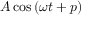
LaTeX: A \cos \, ( \omega t + p )